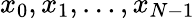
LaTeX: x_{0},x_{1},\ldots,x_{N-1}